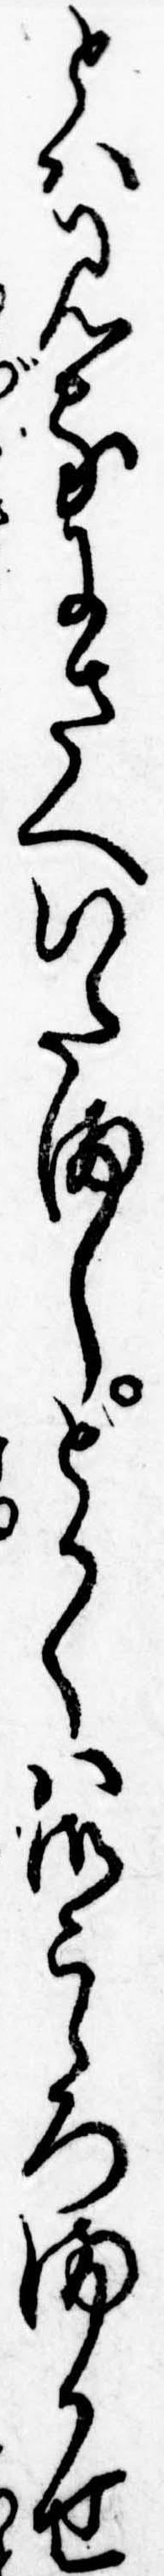
とは見るにさへいたましとかくは御こゝろまかせ